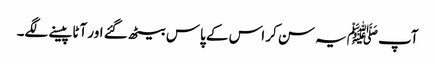
آپ ﷺیہ سن کر اس کے پاس بیٹھ گئے اور آٹا پیسنے لگے۔